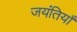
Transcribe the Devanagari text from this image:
जयंतियाँ